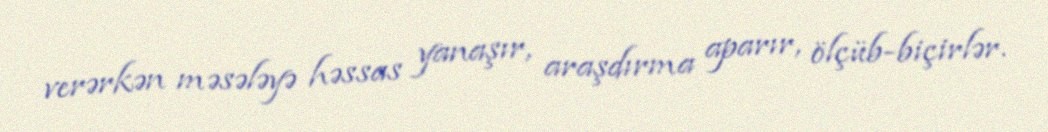
verərkən məsələyə həssas yanaşır, araşdırma aparır, ölçüb-biçirlər.